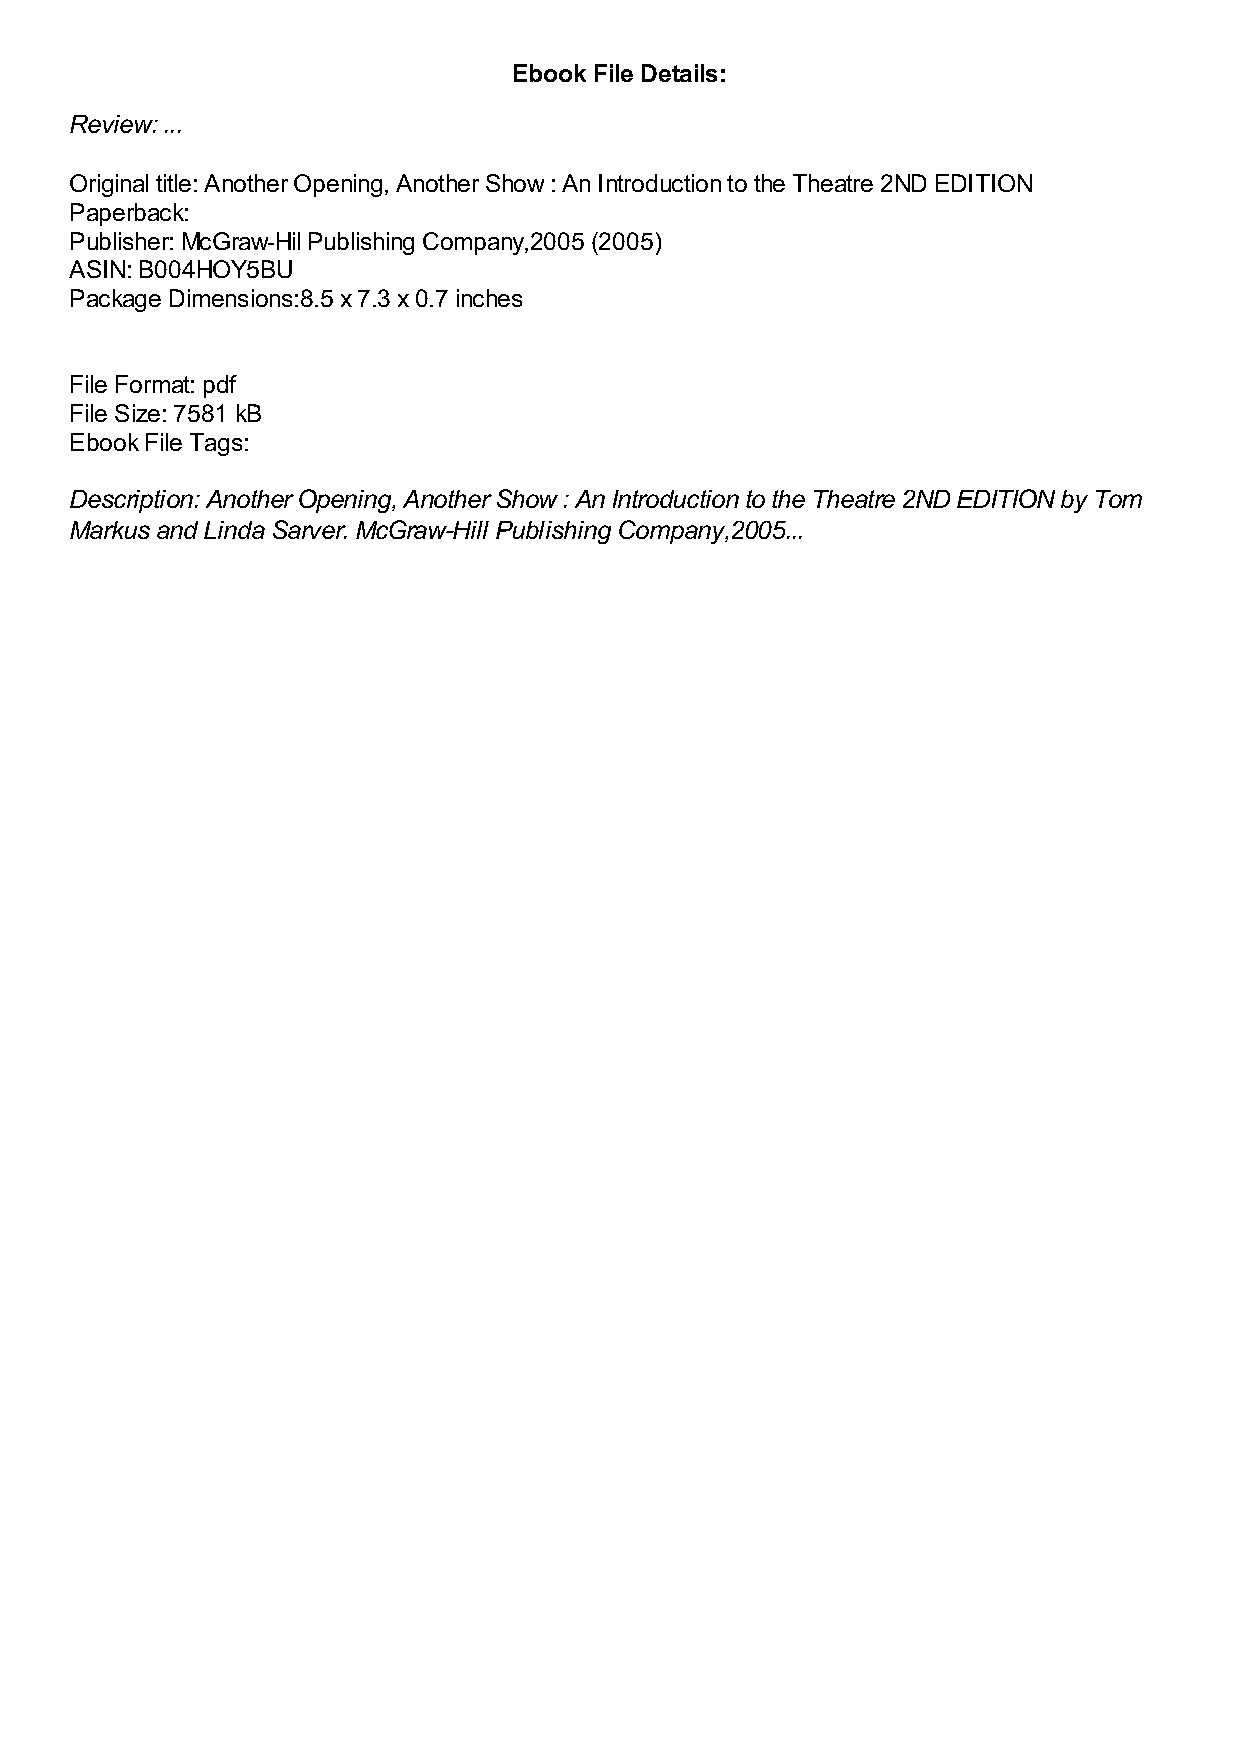
Ebook File Details:
 Review: ...
 Original title: Another Opening, Another Show : An Introduction to the Theatre 2ND EDITION
 Paperback:
 Publisher: McGraw-Hil Publishing Company,2005 (2005)
 ASIN: B004HOY5BU
 Package Dimensions:8.5 x 7.3 x 0.7 inches
 File Format: pdf
 File Size: 7581 kB
 Ebook File Tags:
 Description: Another Opening, Another Show : An Introduction to the Theatre 2ND EDITION by Tom
 Markus and Linda Sarver. McGraw-Hill Publishing Company,2005...